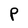
Character: P